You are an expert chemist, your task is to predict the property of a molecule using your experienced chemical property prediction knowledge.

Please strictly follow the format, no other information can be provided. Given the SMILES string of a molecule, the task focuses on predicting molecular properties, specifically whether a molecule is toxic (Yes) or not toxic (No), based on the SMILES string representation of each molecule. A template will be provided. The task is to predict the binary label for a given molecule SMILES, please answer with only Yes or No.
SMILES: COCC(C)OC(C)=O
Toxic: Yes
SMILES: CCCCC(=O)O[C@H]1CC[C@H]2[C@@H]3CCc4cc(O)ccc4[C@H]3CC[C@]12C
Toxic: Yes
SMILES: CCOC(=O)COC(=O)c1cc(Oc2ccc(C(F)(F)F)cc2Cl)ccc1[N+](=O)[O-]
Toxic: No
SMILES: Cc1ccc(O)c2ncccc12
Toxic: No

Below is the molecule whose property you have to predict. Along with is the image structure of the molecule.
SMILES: NCCc1ccc(O)c(O)c1
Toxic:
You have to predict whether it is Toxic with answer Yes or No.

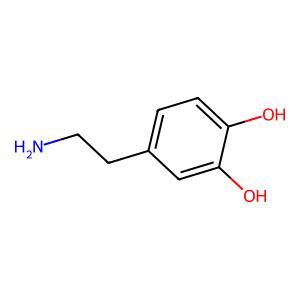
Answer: No